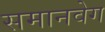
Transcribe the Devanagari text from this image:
समानवेग